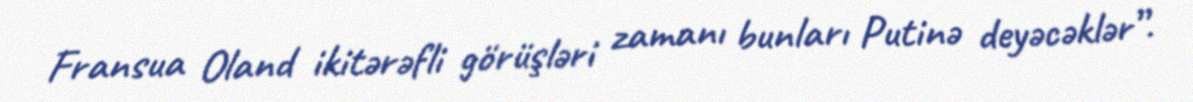
Fransua Oland ikitərəfli görüşləri zamanı bunları Putinə deyəcəklər”.